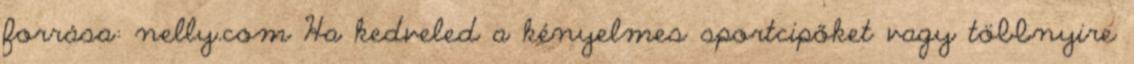
forrása: nelly.com Ha kedveled a kényelmes sportcipőket vagy többnyire